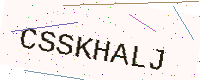
Text: CSSKHALJ